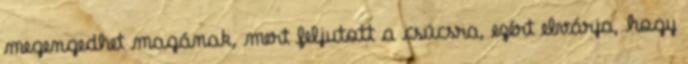
megengedhet magának, mert feljutott a csúcsra, ezért elvárja, hogy